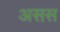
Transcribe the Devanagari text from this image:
असस